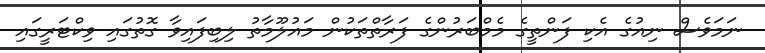
ނަމަވެސް ނިއުގެ އެކި ފަންތީގެ މެމްބަރުންގެ ފަރާތްތަކުން މައުލޫމާތު ލިބިފައިވާ ގޮތުގައި ވިކްޓަރީގައި